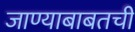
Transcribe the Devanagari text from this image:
जाण्याबाबतची